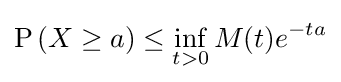
\operatorname {P} \left(X\geq a\right)\leq \inf _{t>0}M(t)e^{-ta}